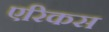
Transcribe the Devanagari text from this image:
एरिकस